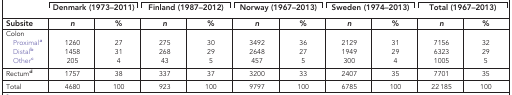
<table><thead><tr><td><b> </b></td><td colspan="2"><b>Denmark (1973–2011)</b></td><td colspan="2"><b>Finland (1987–2012)</b></td><td colspan="2"><b>Norway (1967–2013)</b></td><td colspan="2"><b>Sweden (1974–2013)</b></td><td colspan="2"><b>Total (1967–2013)</b></td></tr><tr><td><b>Subsite</b></td><td><b><i>n</i></b></td><td><b>%</b></td><td><b><i>n</i></b></td><td><b>%</b></td><td><b><i>n</i></b></td><td><b>%</b></td><td><b><i>n</i></b></td><td><b>%</b></td><td><b><i>n</i></b></td><td><b>%</b></td></tr></thead><tbody><tr><td>Colon</td><td> </td><td> </td><td> </td><td> </td><td> </td><td> </td><td> </td><td> </td><td> </td><td> </td></tr><tr><td> Proximala</td><td>1260</td><td>27</td><td>275</td><td>30</td><td>3492</td><td>36</td><td>2129</td><td>31</td><td>7156</td><td>32</td></tr><tr><td> Distalb</td><td>1458</td><td>31</td><td>268</td><td>29</td><td>2648</td><td>27</td><td>1949</td><td>29</td><td>6323</td><td>29</td></tr><tr><td> Otherc</td><td>205</td><td>4</td><td>43</td><td>5</td><td>457</td><td>5</td><td>300</td><td>4</td><td>1005</td><td>5</td></tr><tr><td>Rectumd</td><td>1757</td><td>38</td><td>337</td><td>37</td><td>3200</td><td>33</td><td>2407</td><td>35</td><td>7701</td><td>35</td></tr><tr><td>Total</td><td>4680</td><td>100</td><td>923</td><td>100</td><td>9797</td><td>100</td><td>6785</td><td>100</td><td>22 185</td><td>100</td></tr></tbody></table>